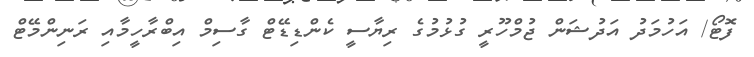
ފޮޓޯ/ އަހުމަދު އަދުޝަން ޖުމްހޫރީ ގުޅުމުގެ ރިޔާސީ ކެންޑިޑޭޓް ގާސިމް އިބްރާހީމާއި ރަނިންމޭޓް